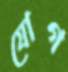
যোগ